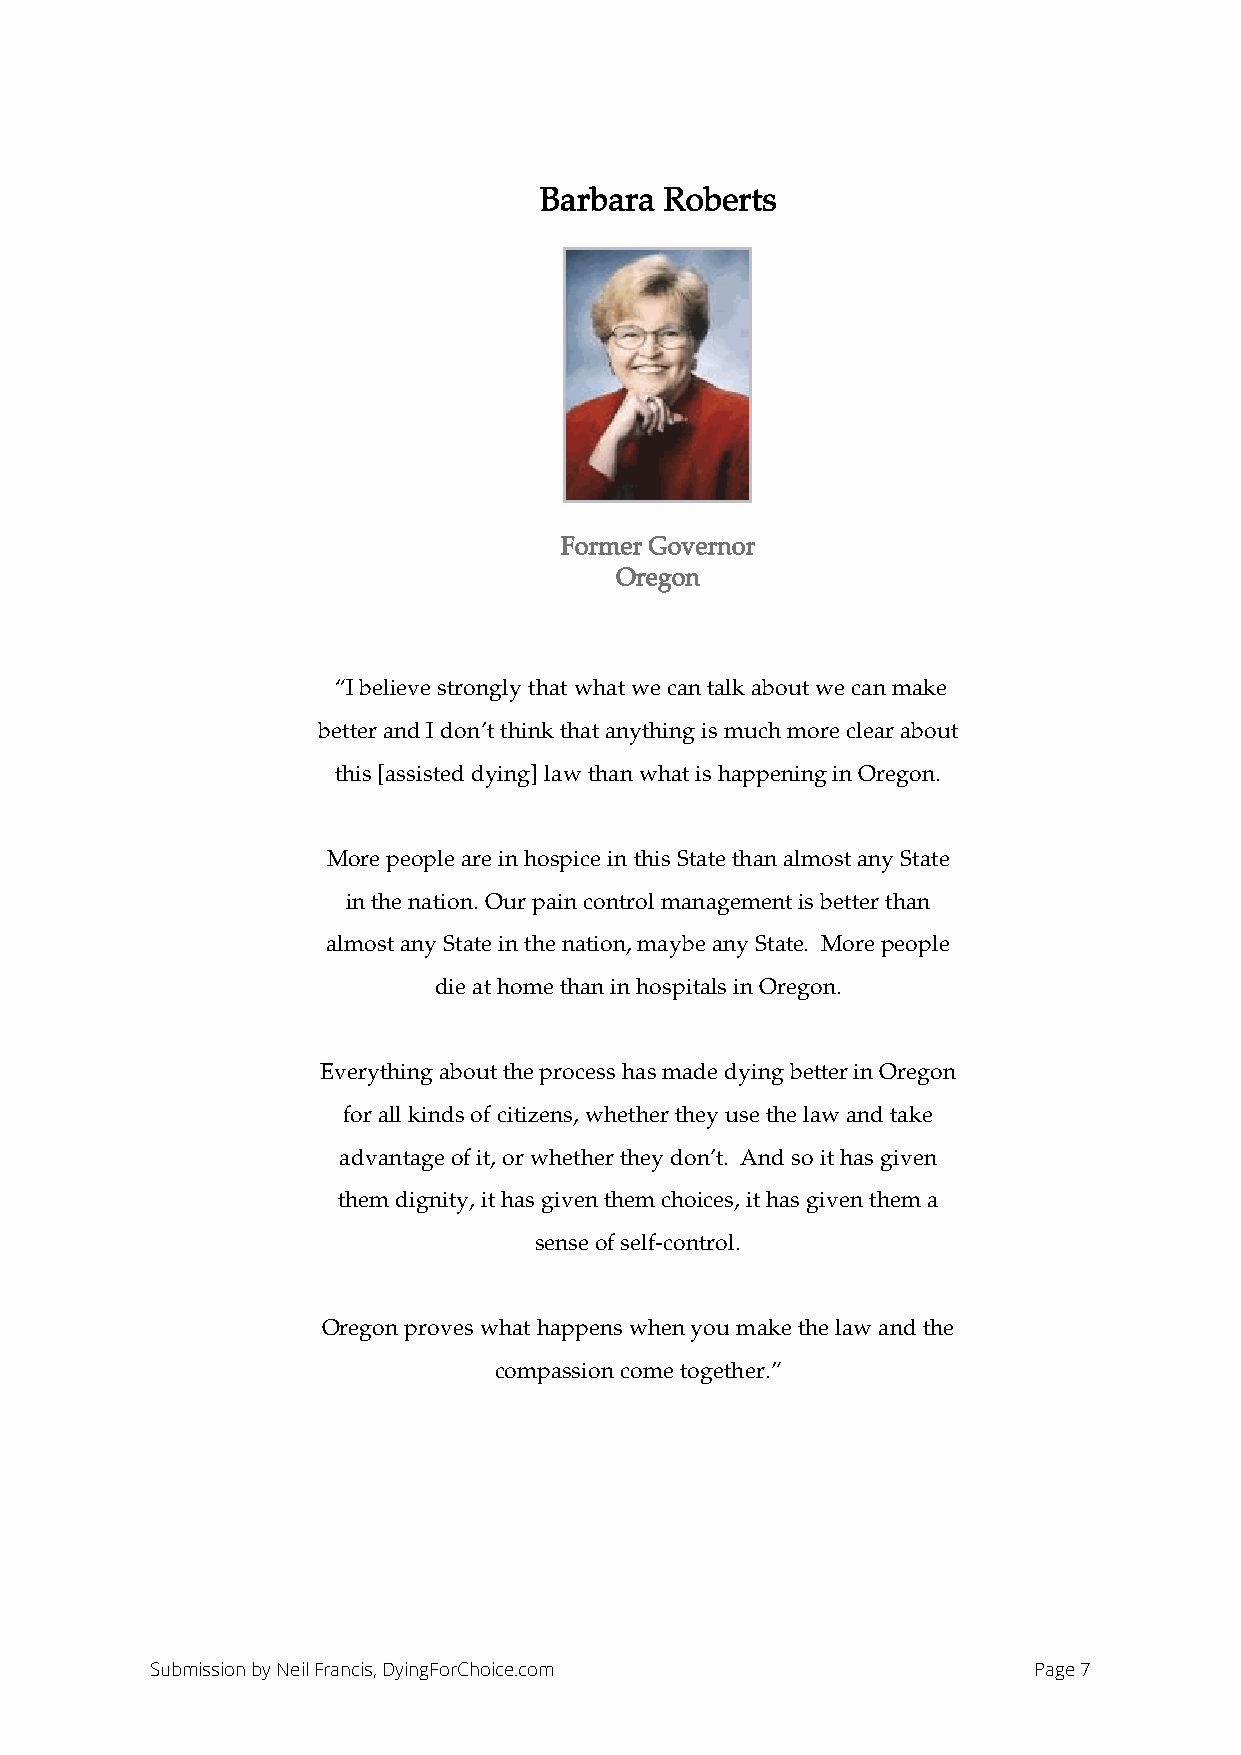
Statement of Barbara Roberts, former Governor of Orergon
 Barbara Roberts
 Former Governor
 Oregon
 “I believe strongly that what we can talk about we can make
 better and I don’t think that anything is much more clear about
 this [assisted dying] law than what is happening in Oregon.
 More people are in hospice in this State than almost any State
 in the nation. Our pain control management is better than
 almost any State in the nation, maybe any State. More people
 die at home than in hospitals in Oregon.
 Everything about the process has made dying better in Oregon
 for all kinds of citizens, whether they use the law and take
 advantage of it, or whether they don’t. And so it has given
 them dignity, it has given them choices, it has given them a
 sense of self-control.
 Oregon proves what happens when you make the law and the
 compassion come together.”
 Submission by Neil Francis, DyingForChoice.com            Page 7